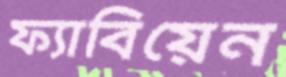
ফ্যাবিয়েন